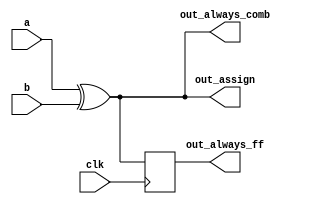
// Build an XOR gate three ways, using an assign statement, a combinational always block, and a clocked always block.
// There are three types of assignments in Verilog: Here we have examples of all of them 

module top_module(
    input clk,
    input a,
    input b,
    output wire out_assign,
    output reg out_always_comb,
    output reg out_always_ff   
    );

    assign out_assign = a ^ b;

    always @(*) begin
        out_always_comb = a ^ b;
    end

    always @(posedge clk) begin
        out_always_ff <= a ^ b;
    end

endmodule